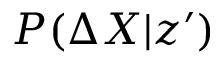
P ( \Delta X | z ^ { \prime } )